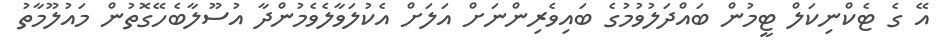
އޭ ގެ ޓެކްނިކަލް ޓީމުން ބައްދަލުވުމުގެ ބައިވެރިންނަށް އަލަށް އެކުލަވާލެވެމުންދާ އުސޫލާބެހޭގޮތުން މައުލޫމާތު